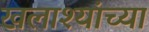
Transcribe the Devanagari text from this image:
खलाश्यांच्या